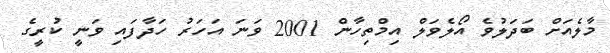
މާލެއަށް ބަދަލުވެ އޯލެވަލް އިމްތިހާން 2001 ވަނަ އަހަރު ހަދާފައި ވަނީ ކުރީގެ